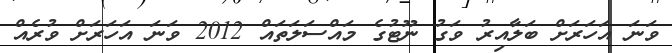
ވަނަ އަހަރަށް ބަލާއިރު ވަގު ނޫޓުގެ މައްސަލަތައް 2012 ވަނަ އަހަރަށް ވުރެއް